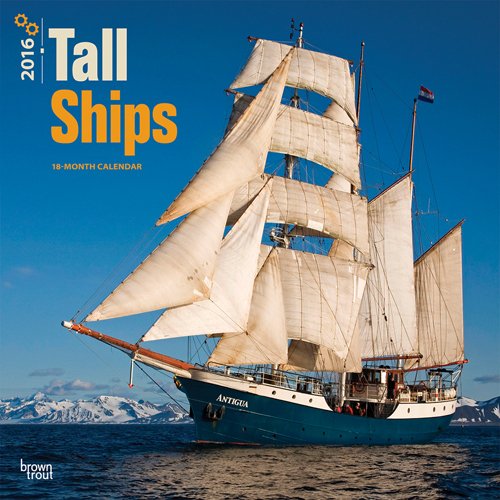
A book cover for Tall Ships 2016 Square 12x12 (Multilingual Edition); Browntrout Publishers; Calendars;